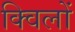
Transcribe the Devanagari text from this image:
क्विलों